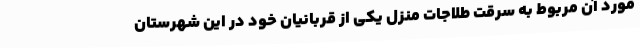
مورد آن مربوط به سرقت طلاجات منزل یکی از قربانیان خود در این شهرستان